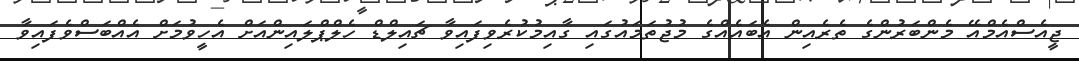
ޖީއެސްއެމްއޭ މެންބަރުންގެ ތެރެއިން އެބައެއްގެ މުޖުތަމައުގައި ގާއިމުކުރެވިފައިވާ ޗައިލްޑް ހެލްޕްލައިންއަށް އެހީވުމަށް އެއްބަސްވެފައިވާ